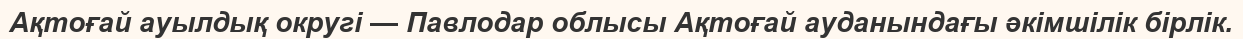
Ақтоғай ауылдық округі — Павлодар облысы Ақтоғай ауданындағы әкімшілік бірлік.